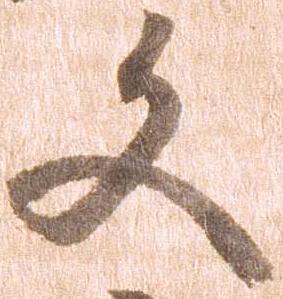
文